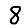
Digit: 8